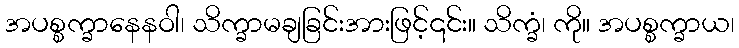
အပစ္စက္ခာနေနဝါ၊ သိက္ခာမချခြင်းအားဖြင့်၎င်း။ သိက္ခံ၊ ကို။ အပစ္စက္ခာယ၊